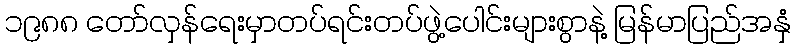
၁၉၈၈ တော်လှန်ရေးမှာတပ်ရင်းတပ်ဖွဲ့ပေါင်းများစွာနဲ့ မြန်မာပြည်အနှံ